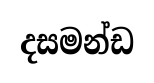
දසමන්ඩ